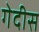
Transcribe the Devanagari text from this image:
गेदीस